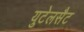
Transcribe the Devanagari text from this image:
युटेलसैट